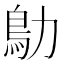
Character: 鳨